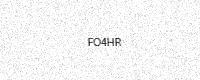
Text: FO4HR